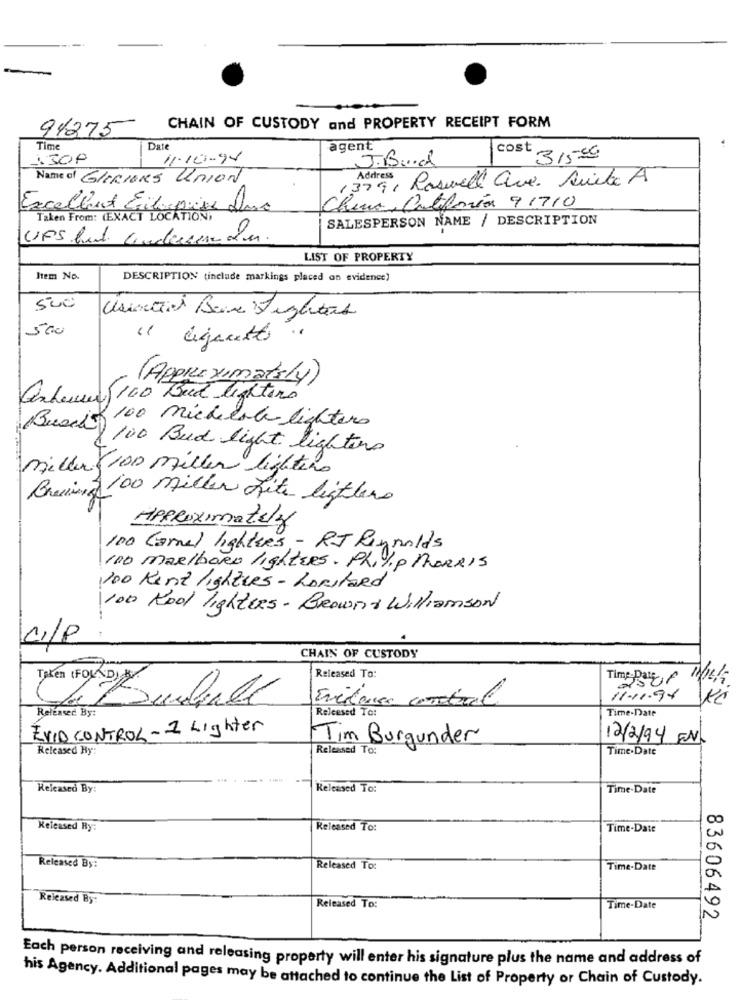
94275
CHAIN OF CUSTODY and PROPERTY RECEIPT FORM
Time
Date
agent
cost
1.300
11-10-94
J.B .....
31599
Name of GLIRIONS Union
13791 Roswell ave. Quite A
Excellent Enlospies Dass
China, Catforía 91710
Taken From: (EXACT LOCATION
SALESPERSON NAME / DESCRIPTION
UPS hat coderen du.
LIST OF PROPERTY
Item No.
DESCRIPTION (include markings placed on evidence)
500
Usted Baixe Fighters
500
Cigarette
(Approximately)
anheuvel 100 Bud lighters
Busi 100 michelob lighters
100 Bud light lighters
Miller 100 miller lighters
Creio 100 miller Lite lighters
APPROximately
100 Camel lighters - RJ Reynolds
100 marlboro lightERS. Philip MORRIS
100 Kent lightles - LoRstaRd
100 Rool lighters- Browns Williamson
C./P.
CHAIN OF CUSTODY
Released To:
Time: Date 1 1/10/
11.11.94
Released By:
Releesed To:
Time-Date
EVID CONTROL - 1 Lighter
Tim Burgunder
12/2/94 EN.
Released By:
Released To:
Time.Date
Released By:
Released To:
Time-Date
Released Ry:
Released To:
Time-Date
Released By:
Released To:
Time-Date
Released By:
Released To:
Time-Date
83606492
Each person receiving and releasing property will enter his signature plus the name and address of
his Agency. Additional pages may be attached to continue the List of Property or Chain of Custody.